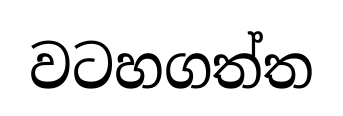
වටහගත්ත